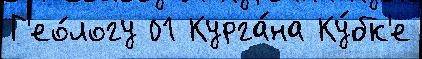
Г'ео́логу 01 Курга́на Ку́бк'е